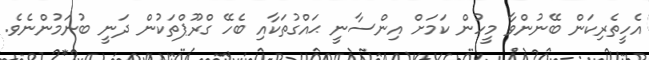
އެހީތެރިކަން ބޭނުންވާ މީހުން ކަމަށް އިންސާނީ ޙައްގުތަކާއި ބެހޭ ގްރޫޕްތަކުން ދަނީ ބުނަމުންނެވެ.